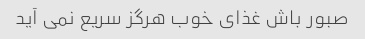
صبور باش غذای خوب هرگز سریع نمی آید